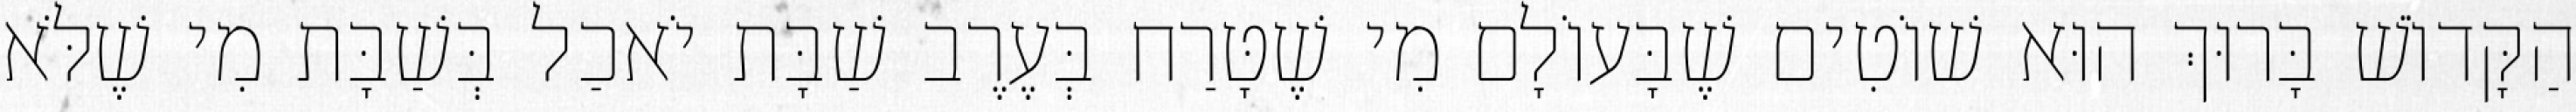
הַקָּדוֹשׁ בָּרוּךְ הוּא שׁוֹטִים שֶׁבָּעוֹלָם מִי שֶׁטָּרַח בְּעֶרֶב שַׁבָּת יֹאכַל בְּשַׁבָּת מִי שֶׁלֹּא